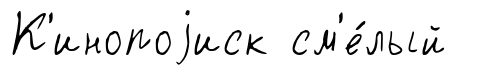
К'инопоjиск см'е́лый